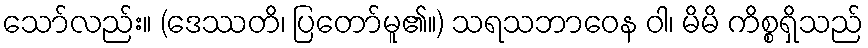
သော်လည်း။ (ဒေဿတိ၊ ပြတော်မူ၏။) သရသဘာဝေန ဝါ၊ မိမိ ကိစ္စရှိသည်